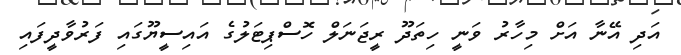
އަދި އޭނާ އަށް މިހާރު ވަނީ ހިތަދޫ ރީޖަނަލް ހޮސްޕިޓަލުގެ އައިސީޔޫގައި ފަރުވާދީފައި